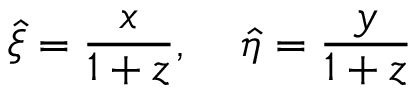
\hat { \xi } = \frac { x } { 1 + z } , \; \; \; \; \hat { \eta } = \frac { y } { 1 + z }